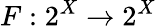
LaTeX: F:2^{X}\to 2^{X}